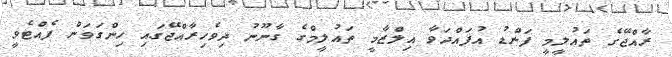
ރާއްޖޭގެ ތައުލީމީ ފަންޑު އުފައްދަވާ އިލްޒާމީ ތައުލީމްގެ ގާނޫނު ދިވެހިރާއްޖޭގައި ހިންގަވަން ފެއްޓެވީ